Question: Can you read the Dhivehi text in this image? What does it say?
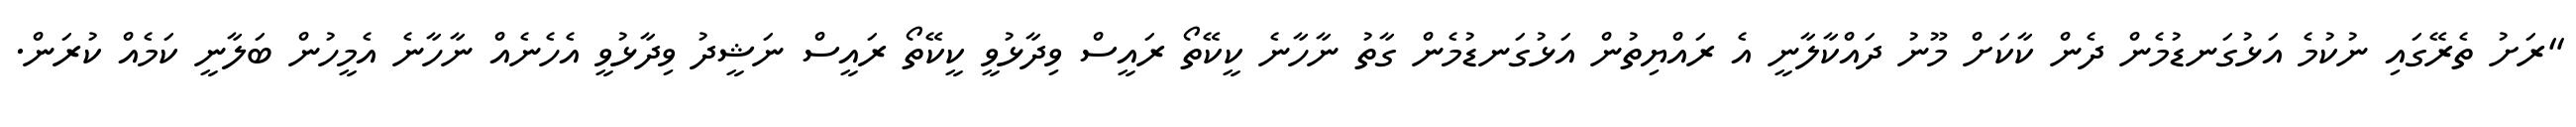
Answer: "ރަށު ތެރޭގައި ނުކުމެ އަޅުގަނޑުމެން ދެން ކާކަށް މޫނު ދައްކާލާނީ އެ ރައްޔިތުން އަޅުގަނޑުމެން ގާތު ނާހާނެ ކީކޭތޯ ރައީސް ވިދާޅުވީ ކީކޭތޯ ރައީސް ނަޝީދު ވިދާޅުވީ އެހެނެއް ނާހާނެ އެމީހުން ބަލާނީ ކަމެއް ކުރަން.